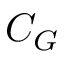
C _ { G }